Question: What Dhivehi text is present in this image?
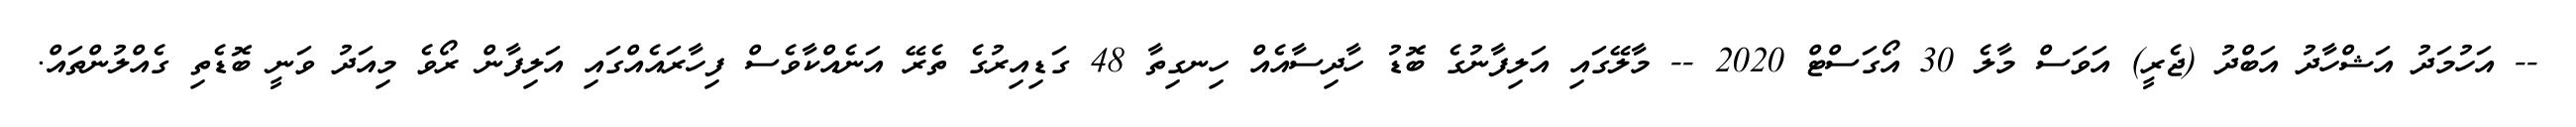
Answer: -- އަހުމަދު އަޝްހާދު އަބްދު (ޖެރީ) އަވަސް މާލެ 30 އޯގަސްޓް 2020 -- މާލޭގައި އަލިފާނުގެ ބޮޑު ހާދިސާއެއް ހިނގިތާ 48 ގަޑިއިރުގެ ތެރޭ އަނެއްކާވެސް ފިހާރައެއްގައި އަލިފާން ރޯވެ މިއަދު ވަނީ ބޮޑެތި ގެއްލުންތައް.